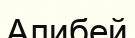
Алибей